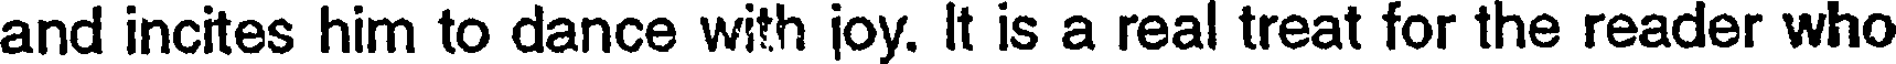
and incites him to dance with joy. It is a real treat for the reader who